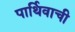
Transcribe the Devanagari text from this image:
पार्थिवाची